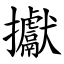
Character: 㩵